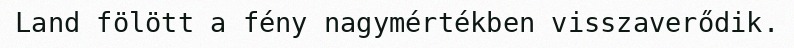
Land fölött a fény nagymértékben visszaverődik.